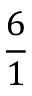
\frac { 6 } { 1 }